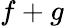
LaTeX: f+g